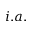
i . a .